Annual report of the Punjab Veterinary College and of the Civil Veterinary Department, Punjab - 1894-1908
Year: 1894
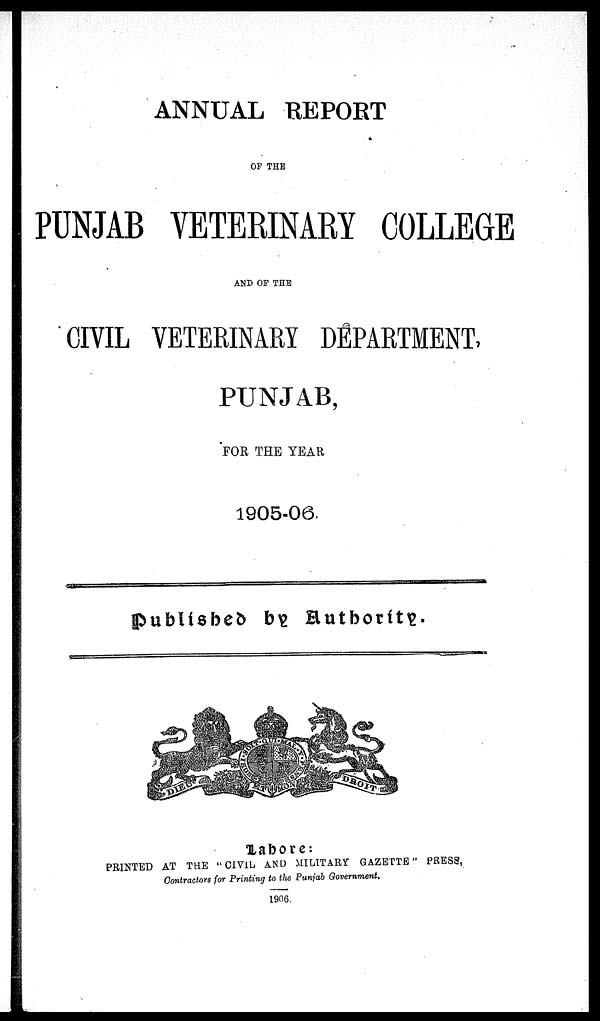
ANNUAL REPORT
OF THE
PUNJAB VETERINARY COLLEGE
AND OF THE
CIVIL VETERINARY DEPARTMENT,
PUNJAB,
FOR THE YEAR
published by Authority.
Lahore:
PRINTED AT THE "CIVIL AND MILITARY GAZETTE" PRESS,
Contractors for Printing to the Punjab Government.
1906.